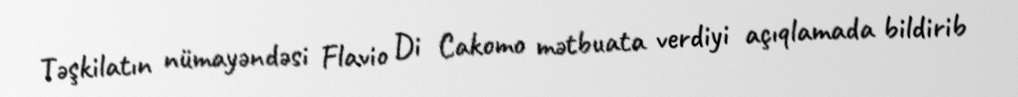
Təşkilatın nümayəndəsi Flavio Di Cakomo mətbuata verdiyi açıqlamada bildirib